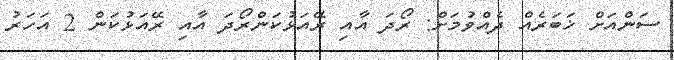
ސަންއަށް ޚަބަރެއް ދެއްވުމަށް: ރޯދަ އާއި ރޭއަޅުކަންރޯދަ އާއި ރޭއަޅުކަން 2 އަހަރު